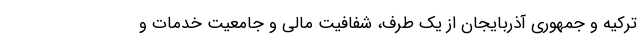
ترکیه و جمهوری آذربایجان از یک طرف، شفافیت مالی و جامعیت خدمات و